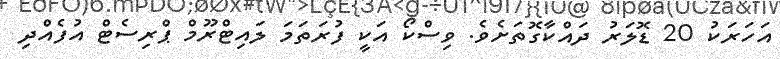
އަހަރަކު 20 ޑޮލަރު ދައްކާގޮތަށެވެ. ވިސްކޯ އަކީ ފުރަތަމަ ލައިޓްރޫމް ޕްރިސެޓް އުފެއްދި